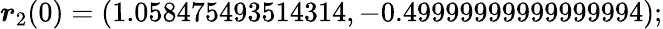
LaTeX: \boldsymbol{r}_{2}(0)=(1.058475493514314,-0.49999999999999994);